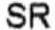
SR